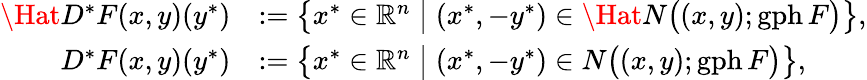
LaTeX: \begin{array}{rl}{\Hat{D}^{\ast}F(x,y)(y^{\ast})}&{:=\big\{ x^{\ast}\in{\mathbb{R}^{n}}\; \big|\; (x^{\ast},-y^{\ast})\in\Hat{N}\big((x,y);\operatorname{gph}F\big)\big\} ,}\\ {{D}^{\ast}F(x,y)(y^{\ast})}&{:=\big\{ x^{\ast}\in{\mathbb{R}^{n}}\; \big|\; (x^{\ast},-y^{\ast})\in N\big((x,y);\operatorname{gph}F\big)\big\} ,}\end{array}